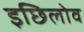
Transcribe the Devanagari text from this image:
इछिलोव